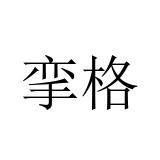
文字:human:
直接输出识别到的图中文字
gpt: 挛格